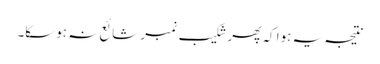
نتیجہ یہ ہوا کہ پھر شکیب نمبر شائع نہ ہوسکا۔